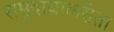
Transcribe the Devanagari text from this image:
समुदायाकरीता